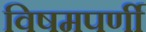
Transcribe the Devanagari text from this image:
विषमपर्णी